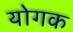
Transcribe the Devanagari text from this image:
योगक